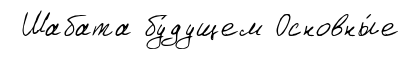
Шабата бу́дущем Основны́е